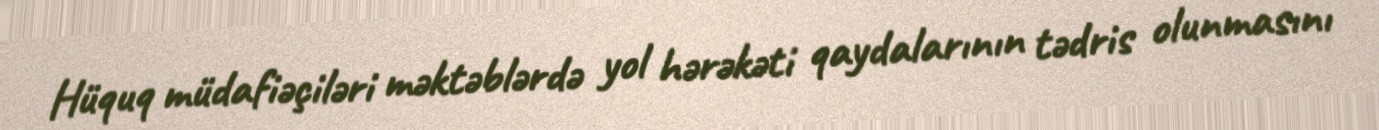
Hüquq müdafiəçiləri məktəblərdə yol hərəkəti qaydalarının tədris olunmasını